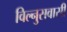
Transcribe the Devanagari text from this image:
विल्नुसवासी